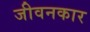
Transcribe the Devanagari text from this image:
जीवनकार